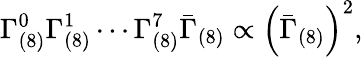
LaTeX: \Gamma_{(8)}^{0}\Gamma_{(8)}^{1}\cdots\Gamma_{(8)}^{7}\bar{\Gamma}_{(8)}\propto\left(\bar{\Gamma}_{(8)}\right)^{2},